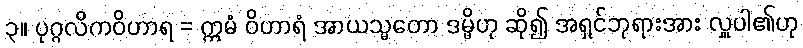
၃။ ပုဂ္ဂလိကဝိဟာရ = ဣမံ ဝိဟာရံ အာယသ္မတော ဒမ္မိဟု ဆို၍ အရှင်ဘုရားအား လှူပါ၏ဟု